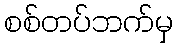
စစ်တပ်ဘက်မှ